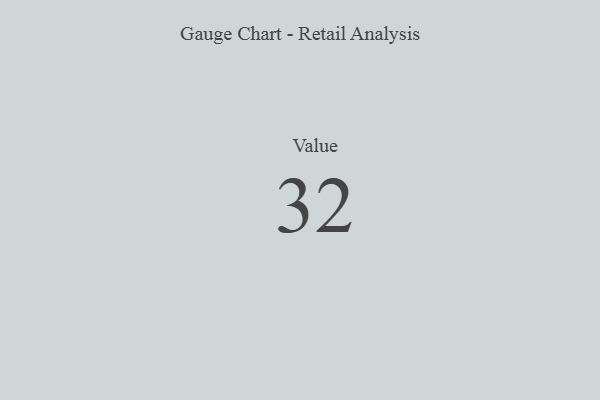
{"axis": {"x": "Metric", "y": "Value"}, "legend": [""], "data": [{"x": "Value", "y": 32, "type": ""}]}